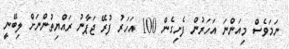
ނަމަވެސް މިއަންނަ އަހަރުން ފެށިގެން 100 އަހަރު ފުރޭ ޖަޕާނު ރައްޔިތުންނަށް ލިބޭނީ